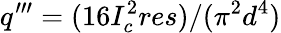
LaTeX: q^{\prime\prime\prime}=(16I_{c}^{2}res)/(\pi^{2}d^{4})